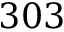
3 0 3